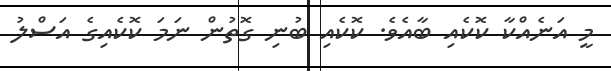
މީ އަނެއްކާ ކޮކެއި ބާއެވެ. ކޮކެއި ބުނި ގޮތުން ނަމަ ކޮކެއިގެ އަސްލު